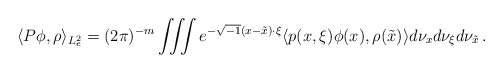
\begin{align*}\langle P\phi,\rho\rangle_{L_e^2}=(2\pi)^{-m}\iiint e^{-\sqrt{-1}(x-\tilde x)\cdot\xi}\langle p(x,\xi)\phi(x),\rho(\tilde x)\rangle d\nu_xd\nu_\xi d\nu_{\tilde x}\,.\end{align*}